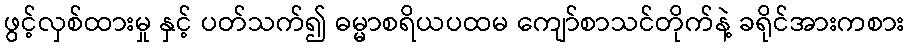
ဖွင့်လှစ်ထားမှု နှင့် ပတ်သက်၍ ဓမ္မာစရိယပထမ ကျော်စာသင်တိုက်နဲ့ ခရိုင်အားကစား